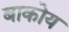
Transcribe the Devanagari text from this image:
बाकोय